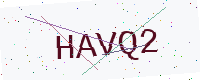
Text: HAVQ2